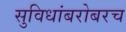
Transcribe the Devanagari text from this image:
सुविधांबरोबरच